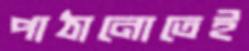
পাঠানোতেই